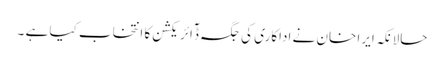
حالانکہ ایرا خان نے اداکاری کی جگہ ڈٓائریکشن کا انتخاب کیا ہے ۔